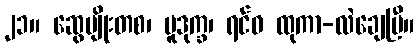
၂၁။ ဆွေမျိုးတစ၊ ပူဒုက္ခ၊ ရင်ဝ ထုကာ-လဲချေပြီ။